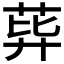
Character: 𦰙